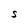
Character: S